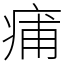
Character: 痡